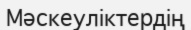
Мәскеуліктердің